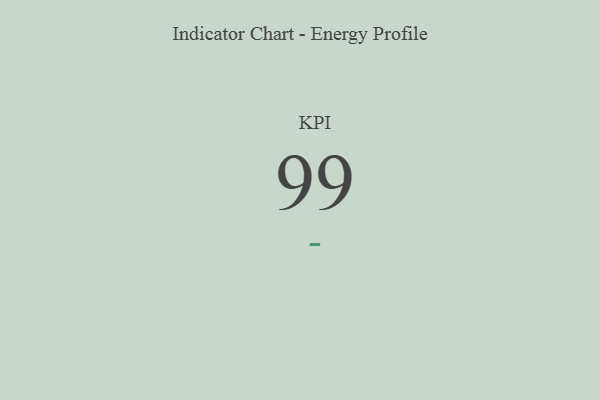
{"axis": {"x": "KPI", "y": "Value"}, "legend": [""], "data": [{"x": "KPI", "y": 99, "type": ""}]}